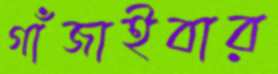
গাঁজাইবার